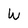
Character: W